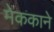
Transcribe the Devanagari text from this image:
मेककाने